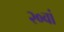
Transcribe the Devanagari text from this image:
२०वां